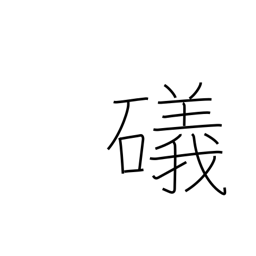
Meaning: shore